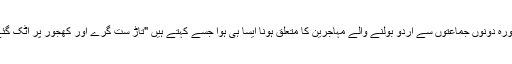
مذکورہ دونوں جماعتوں سے اردو بولنے والے مہاجرین کا متعلق ہونا ایسا ہی ہوا جسے کہتے ہیں "تاڑ ست گرے اور کھجور پر اٹک گئے”۔